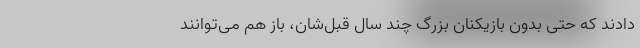
دادند که حتی بدون بازیکنان بزرگ چند سال قبل‌شان، باز هم می‌توانند